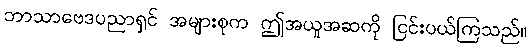
ဘာသာဗေဒပညာရှင် အများစုက ဤအယူအဆကို ငြင်းပယ်ကြသည်။